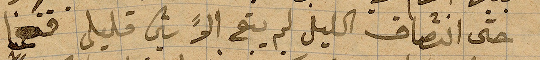
حتى انتصاف الليل لم يبق الا شيء قليل فقمنا